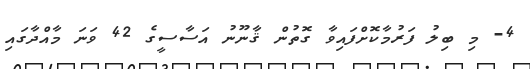
4- މި ބިލު ފަރުމާކޮށްފައިވާ ގޮތުން ޤާނޫނު އަސާސީގެ 42 ވަނަ މާއްދާގައި